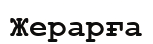
Жерарға